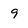
Character: 9